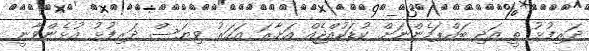
ދަރިފުޅު ތީ އަދި ބައްޕަމެންނަށް ކުޑަކުއްޖެއް އަށާރަ އަހަރު ވިޔަސް ދަރިފުޅު އުޅެންވާނީ